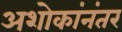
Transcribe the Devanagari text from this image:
अशोकांनंतर